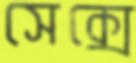
সেক্সে